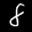
Label: 8